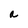
Character: a